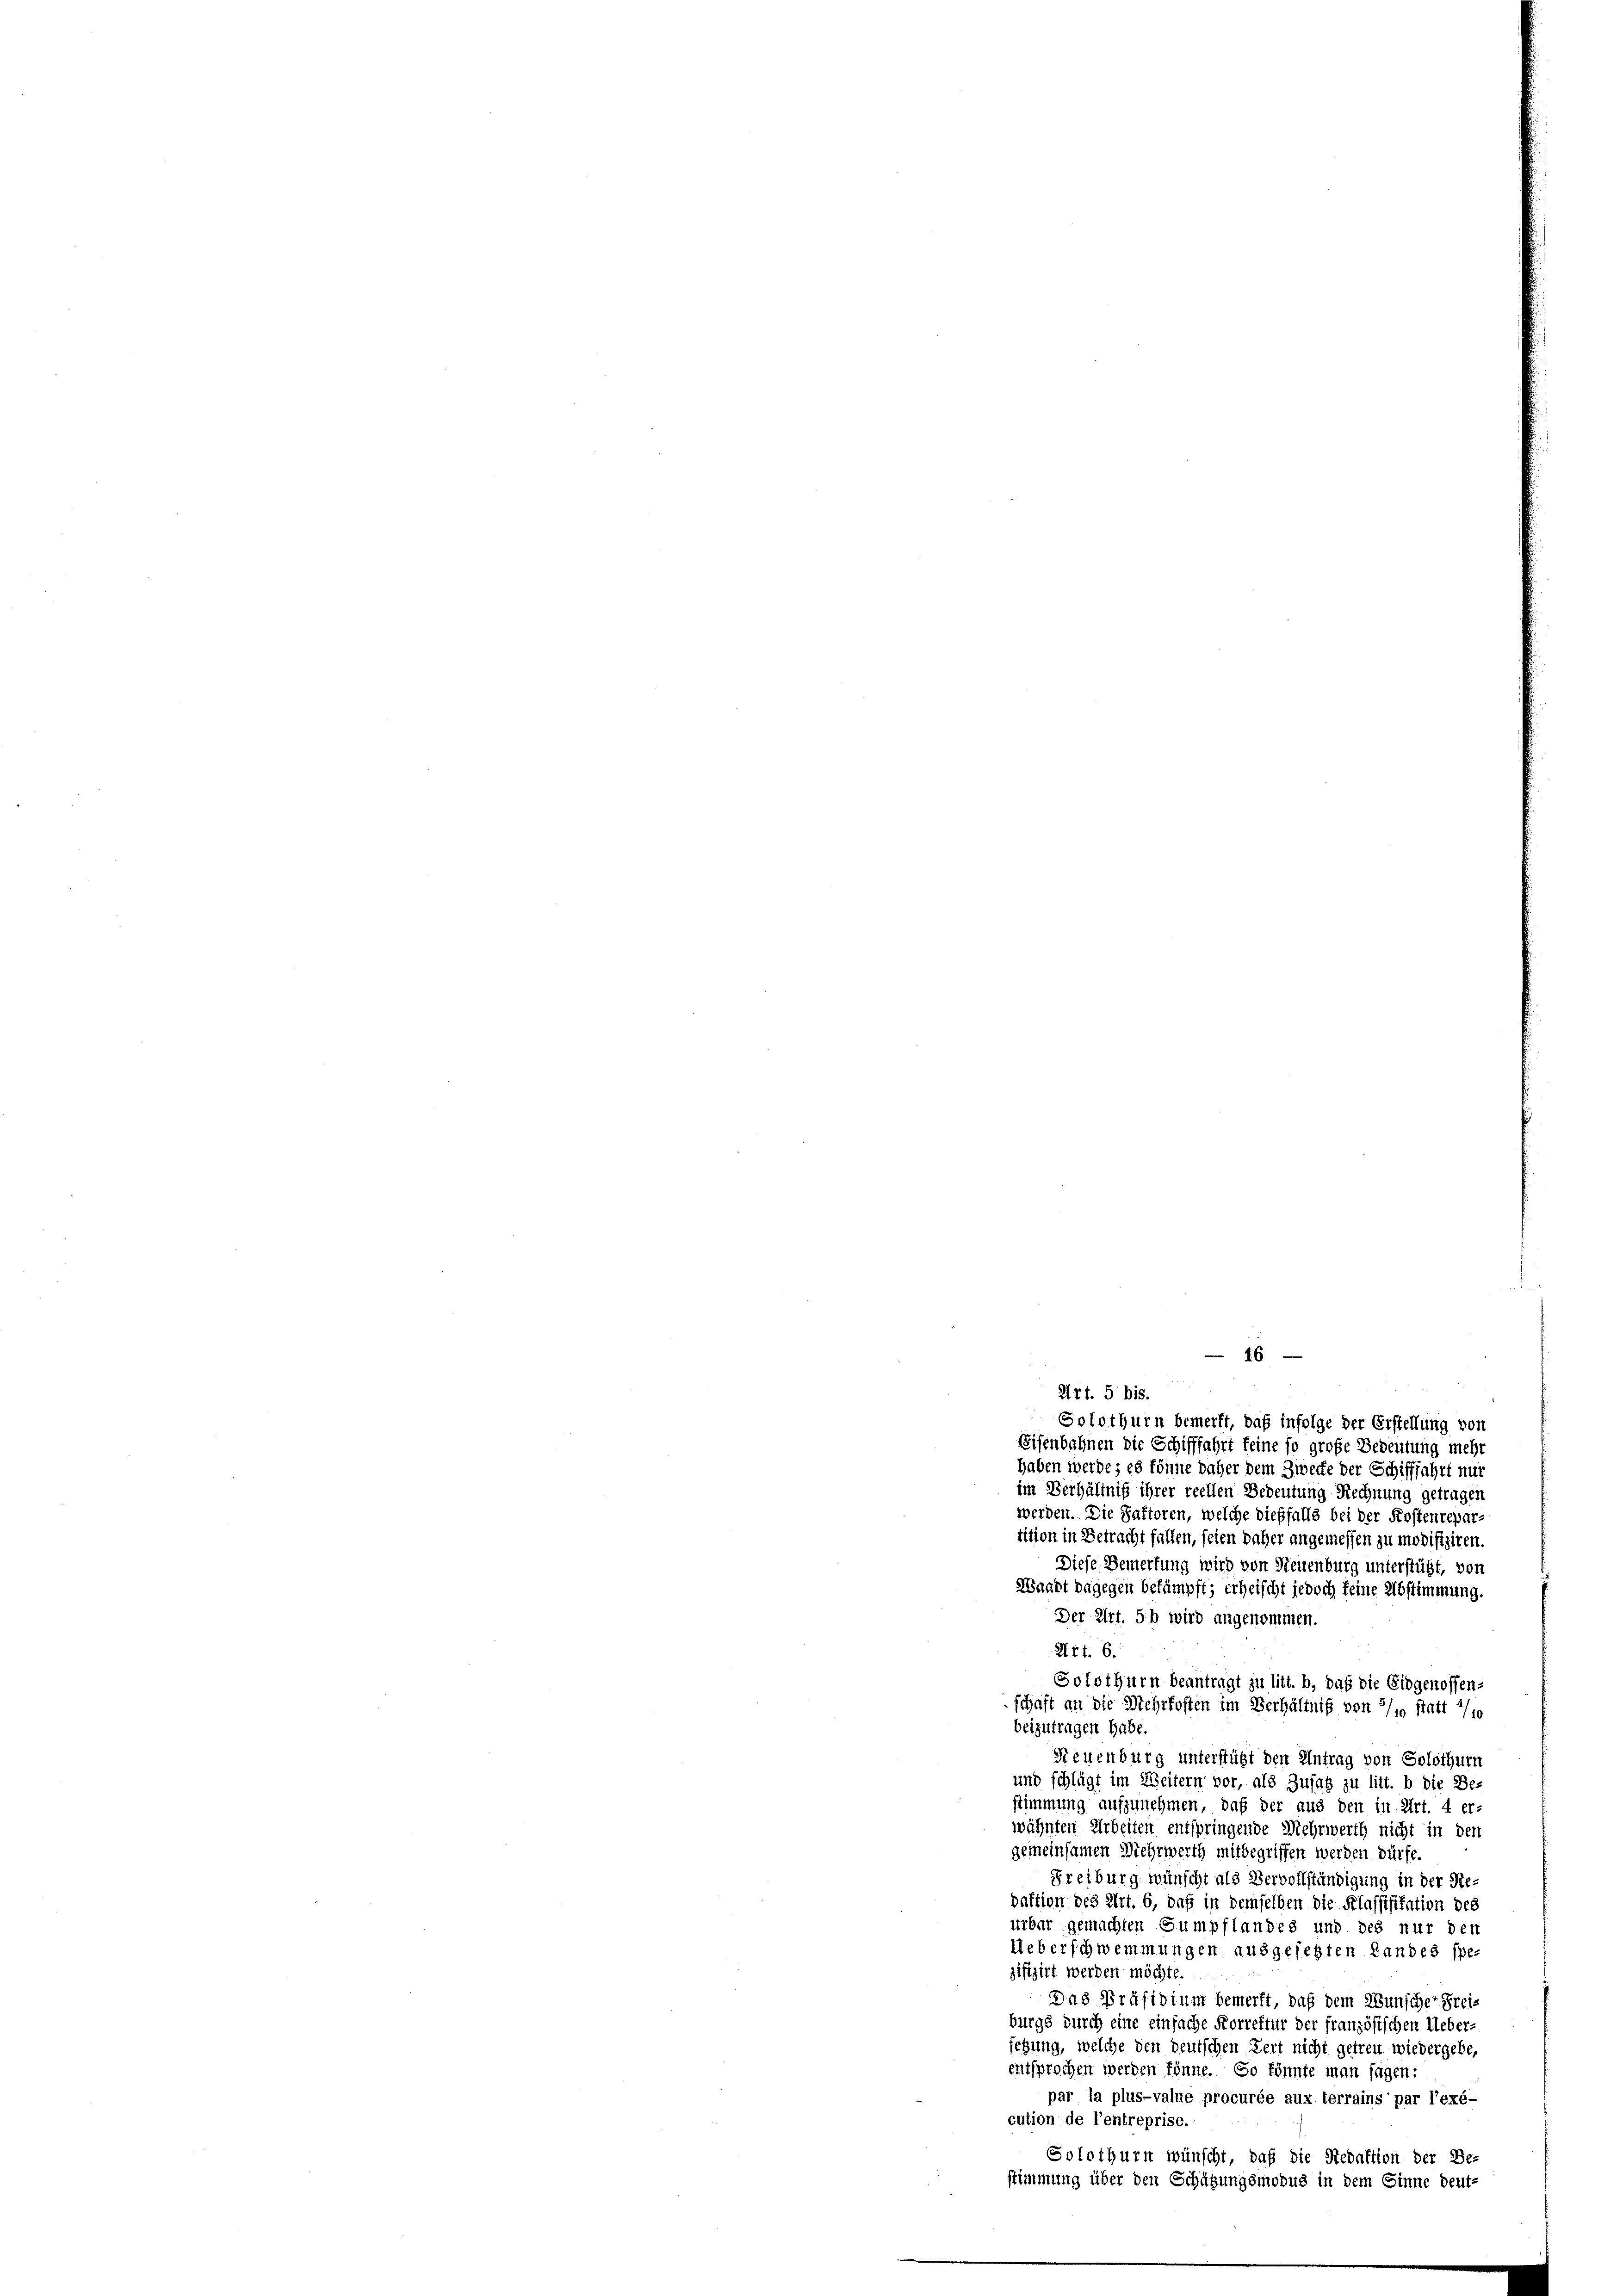
46

Art. 5 bis.
Solothurn bemerkt, daß infolge der Erstellung von
Sifenbahnen die Schifffahrt feine so große Bedeutung mehr
haben werde; es könne daher dem Zwecke der Schifffahrt nur
im Verhältniß ihrer reellen Bedeutung Rechnung getragen
werden. Die Saftoren, welche dießfalls bei der Kostenrepar-
tition in Betracht fallen, seien daher angemessen zu modifiziren.
Diese Bemerkung wird von Neuenburg unterstützt, von
Waadt dagegen bekämpft; erheischt jedoch keine Abstimmung.
Der Art. 56 wird angenommen.
Art. 6.
Solothurn beantragt zu litt. b, daß die Eidgenossen-
schaft an die Mehrkosten im Verhältniß von 3/10 statt 1/10
beizutragen habe
Neuenburg unterstützt den Antrag von Solothurn
und schlägt im Weitern vor, als Zusatz zu litt. b die Be-
stimmung aufzunehmen, daß der aus den in Art. 4 er-
wähnten Arbeiten entspringende Mehrwerth nicht in den
gemeinsamen Mehrwerth mitbegriffen werden dürfe.
Freiburg wünscht als Vervollständigung in der Redaktion des Art. 6, daß in demselben die Klassifikation des
urbar gemachten Sumpflandes und des nur der
Ueberschwemmungen ausgesetzten Landes spe-
gifizirt werden möchte.
Das Präsidium bemerkt, daß dem Wunscher Frei-
burgs durch eine einfache Korrektur der französischen Ueber
setzung, welche den deutschen Zert nicht getreu wiedergebe,
entsprochen werden könne. So könnte man sagen:
par la plus-value procurée aux terrains par l’exé-
cution de l’entreprise.
Solothurn wünscht, daß die Redaktion der Be-
stimmung über den Schätzungsmodus in dem Sinne deut-